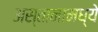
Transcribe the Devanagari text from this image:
अस्तानामध्ये